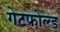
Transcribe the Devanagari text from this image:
गेटफोल्ड